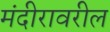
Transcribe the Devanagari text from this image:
मंदीरावरील